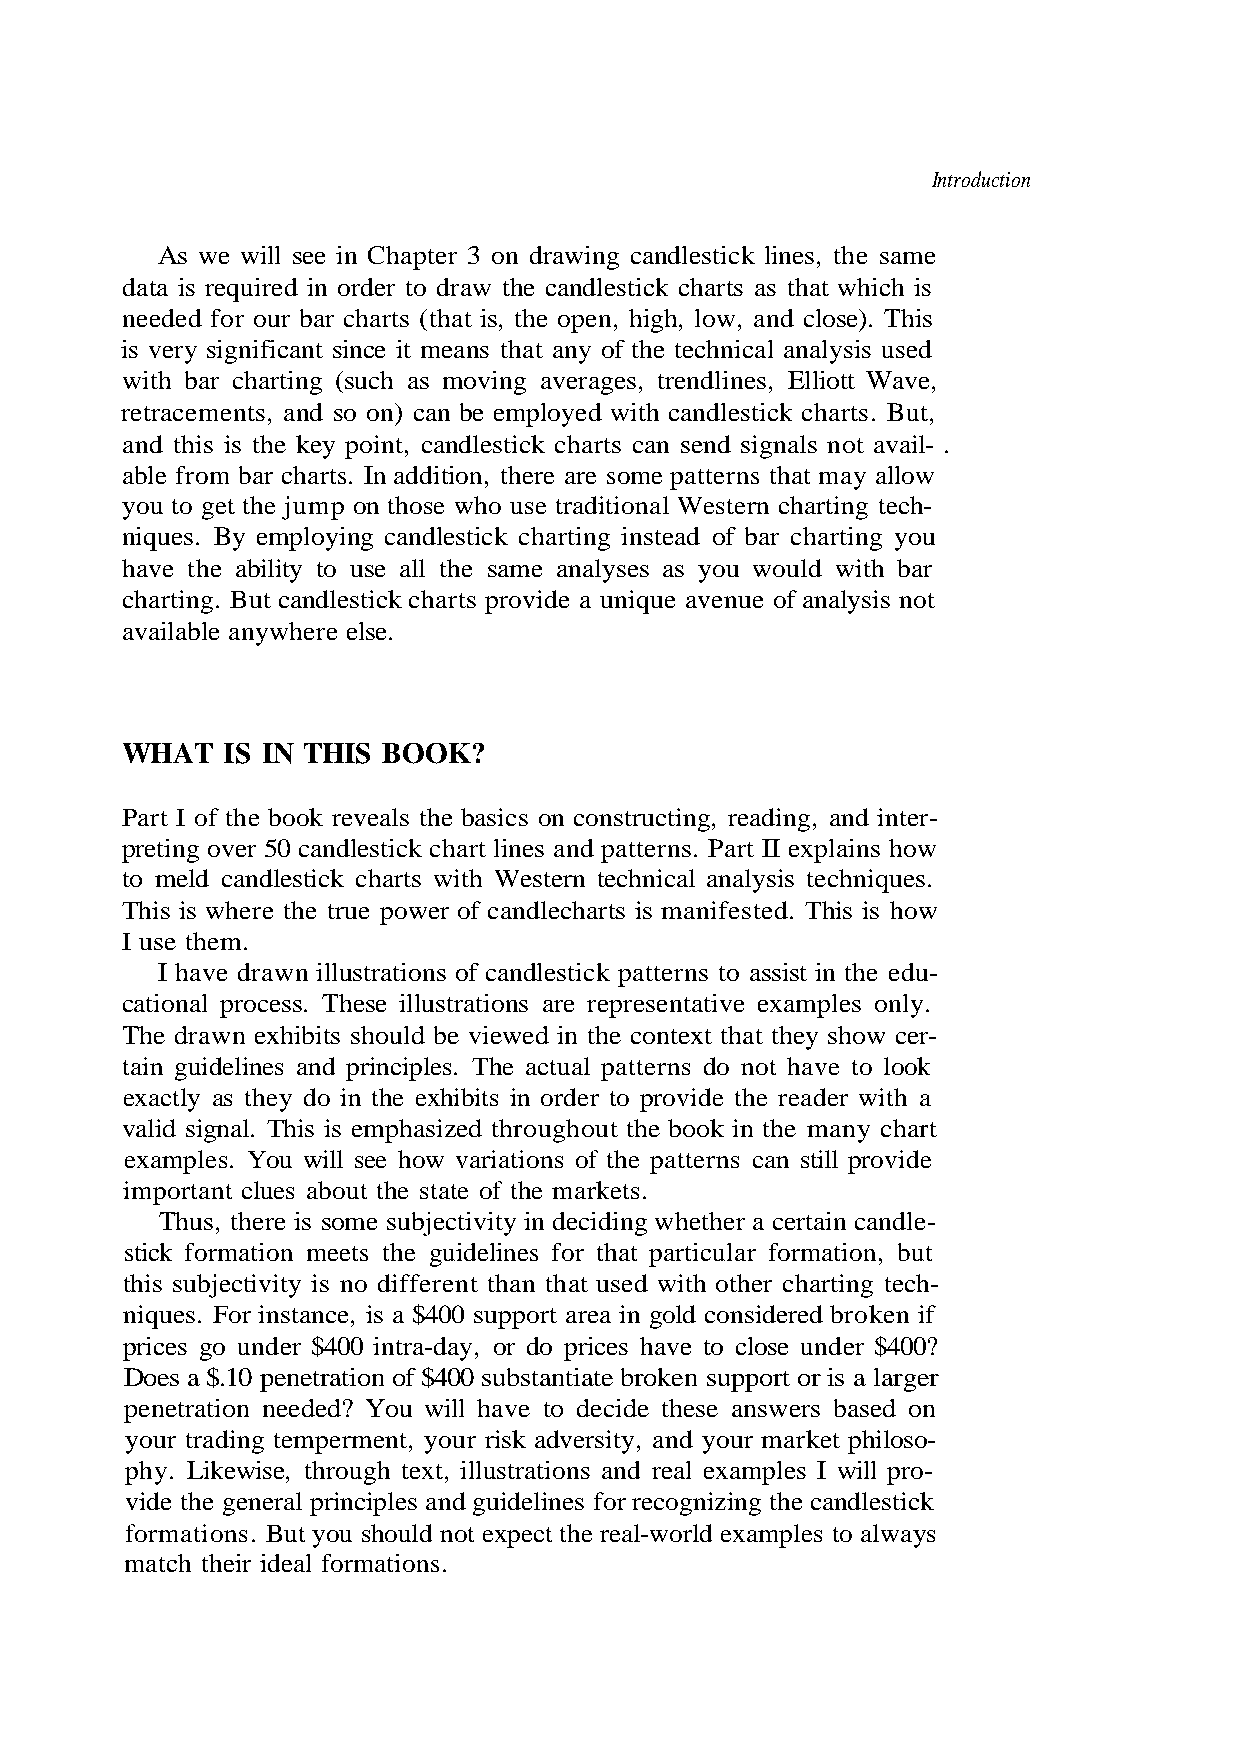
Introduction
 As we will see in Chapter 3 on drawing candlestick lines, the same
 data is required in order to draw the candlestick charts as that which is
 with bar charting (such as moving averages, trendlines, Elliott Wave,
 and this is the key point, candlestick charts can send signals not avail- .
 able from bar charts. In addition, there are some patterns that may allow
 you to get the jump on those who use traditional Western charting tech-
 available anywhere else.
 Part I of the book reveals the basics on constructing, reading, and inter-
 preting over 50 candlestick chart lines and patterns. Part II explains how
 to meld candlestick charts with Western technical analysis techniques.
 This is where the true power of candlecharts is manifested. This is how
 I use them.
 I have drawn illustrations of candlestick patterns to assist in the edu-
 cational process. These illustrations are representative examples only.
 tain guidelines and principles. The actual patterns do not have to look
 Thus, there is some subjectivity in deciding whether a certain candle-
 this subjectivity is no different than that used with other charting tech-
 niques. For instance, is a $400 support area in gold considered broken if
 prices go under $400 intra-day, or do prices have to close under $400?
 Does a $.10 penetration of $400 substantiate broken support or is a larger
 penetration needed? You will have to decide these answers based on
 your trading temperment, your risk adversity, and your market philoso-
 formations. But you should not expect the real-world examples to always
 match their ideal formations.
 s i h T
 t r a
 ).
 h
 e
 c
 s o
 y
 l
 n
 c
 a
 d
 m
 n
 - o
 a
 e
 r
 h
 p
 w,
 t
 l
 n
 il
 o
 i
 w
 l
 k
 I
 ,
 o
 h
 s
 g
 o
 e
 b
 l
 i
 p
 h
 e
 .
 m
 n,
 th
 ets
 but
 xa
 ed
 ou
 t
 k
 n,
 e
 needed for our bar charts (that is, the op
 is very significant since it means that any of the technical analysis use
 retracements, and so on) can be employed with candlestick charts. But,
 niques. By employing candlestick charting instead of bar charting y
 have the ability to use all the same analyses as you would with bar
 charting. But candlestick charts provide a unique avenue of analysis not
 WHAT IS IN THIS BOOK?
 The drawn exhibits should be viewed in the context that they show cer-
 exactly as they do in the exhibits in order to provide the reader with a
 valid signal. This is emphasized throughou
 examples. You will see how variations of the patterns can still provide
 important clues about the state of the mar
 stick formation meets the guidelines for that particular formatio
 phy. Likewise, through text, illustrations and real
 vide the general principles and guidelines for recognizing the candlestick